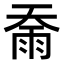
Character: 𮦇